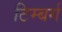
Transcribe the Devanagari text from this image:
टिम्बर्ग